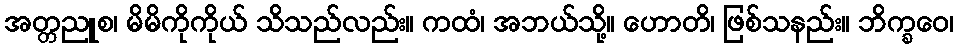
အတ္တညူစ၊ မိမိကိုကိုယ် သိသည်လည်း။ ကထံ၊ အဘယ်သို့။ ဟောတိ၊ ဖြစ်သနည်း။ ဘိက္ခဝေ၊